Indian journal of veterinary science and animal husbandry - Volumes 26-27, 1956-1957
Year: 1956
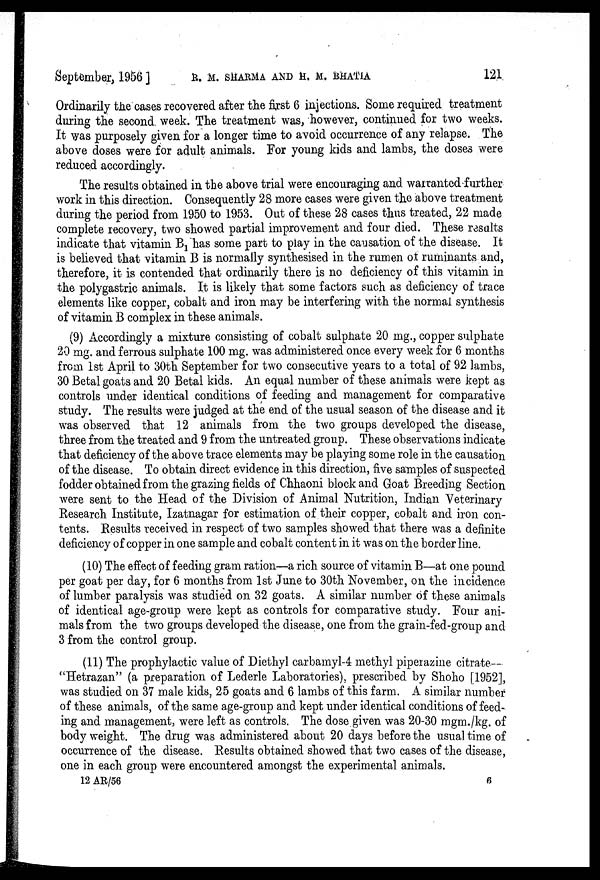
September, 1956 ]
R. M. SHARMA AND H. M. BHATIA 121
Ordinarily the cases recovered after the first 6 injections. Some required treatment
during the second week. The treatment was, however, continued for two weeks.
It was purposely given for a longer time to avoid occurrence of any relapse. The
above doses were for adult animals. For young kids and lambs, the doses were
reduced accordingly.
The results obtained in the above trial were encouraging and warranted further
work in this direction. Consequently 28 more cases were given the above treatment
during the period from 1950 to 1953. Out of these 28 cases thus treated, 22 made
complete recovery, two showed partial improvement and four died. These results
indicate that vitamin B 1 has some part to play in the causation of the disease. It
is believed that vitamin B is normally synthesised in the rumen of ruminants and,
therefore, it is contended that ordinarily there is no deficiency of this vitamin in
the polygastric animals. It is likely that some factors such as deficiency of trace
elements like copper, cobalt and iron may be interfering with the normal synthesis
of vitamin B complex in these animals.
(9) Accordingly a mixture consisting of cobalt sulphate 20 mg., copper sulphate
20 mg. and ferrous sulphate 100 mg. was administered once every week for 6 months
from 1st April to 30th September for two consecutive years to a total of 92 lambs,
30 Betal goats and 20 Betal kids. An equal number of these animals were kept as
controls under identical conditions of feeding and management for comparative
study. The results were judged at the end of the usual season of the disease and it
was observed that 12 animals from the two groups developed the disease,
three from the treated and 9 from the untreated group. These observations indicate
that deficiency of the above trace elements may be playing some role in the causation
of the disease. To obtain direct evidence in this direction, five samples of suspected
fodder obtained from the grazing fields of Chhaoni block and Goat Breeding Section
were sent to the Head of the Division of Animal Nutrition, Indian Veterinary
Research Institute, Izatnagar for estimation of their copper, cobalt and iron con-
tents. Results received in respect of two samples showed that there was a definite
deficiency of copper in one sample and cobalt content in it was on the border line.
(10) The effect of feeding gram ration—a rich source of vitamin B—at one pound
per goat per day, for 6 months from 1st June to 30th November, on the incidence
of lumber paralysis was studied on 32 goats. A similar number of these animals
of identical age-group were kept as controls for comparative study. Four ani-
mals from the two groups developed the disease, one from the grain-fed-group and
3 from the control group.
(11) The prophylactic value of Diethyl carbamyl-4 methyl piperazine citrate—
"Hetrazan" (a preparation of Lederle Laboratories), prescribed by Shoho [1952],
was studied on 37 male kids, 25 goats and 6 lambs of this farm. A similar number
of these animals, of the same age-group and kept under identical conditions of feed-
ing and management, were left as controls. The dose given was 20-30 mgm./kg. of
body weight. The drug was administered about 20 days before the usual time of
occurrence of the disease. Results obtained showed that two cases of the disease,
one in each group were encountered amongst the experimental animals.
12 AR/56
6